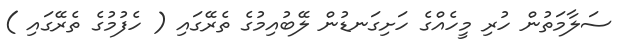
ސަލާމަތުން ހުރި މީހެއްގެ ހަށިގަނޑުން ލޭބުއިމުގެ ތެރޭގައި ( ހެފުމުގެ ތެރޭގައި )